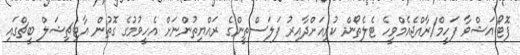
ފޮޓޯ:އަޝްވާ ފަހީމް/ރާއްޖެއެމްވީހެ ޓެލެތޯން ކުރިއަށްދާއިރު ފަލަސްތީންގެ ރައްޔިތުންނަށް އެހީވުމުގެ ގޮތުން އާޓިޗިޝަލް ބީޗްގައި